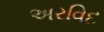
અરવિદ